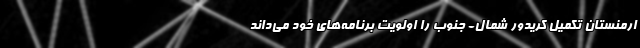
ارمنستان تکمیل کریدور شمال- جنوب را اولویت برنامه‌های خود می‌داند